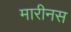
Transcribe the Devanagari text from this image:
मारीनस